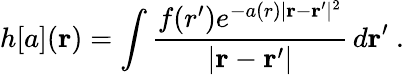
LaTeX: h[a](\mathbf{r})=\int\frac{f(r^{\prime})e^{-a(r)|\mathbf{r}-\mathbf{r}^{\prime}|^{2}}}{|\mathbf{r}-\mathbf{r}^{\prime}|}\, d\mathbf{r}^{\prime}\ .